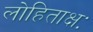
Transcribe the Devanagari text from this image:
लोहिताक्षः